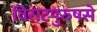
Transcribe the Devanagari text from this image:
विराटपुरुषसे